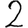
Digit: 2